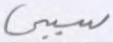
سببي